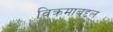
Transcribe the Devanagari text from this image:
विक्रमाबद्दल